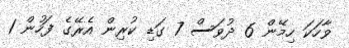
ވާހަކަ ހިމޭން 6 ދުވަސް 7 ގަޑި ކުރިން އެރޭގެ ފަހުން 1